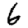
Digit: 6